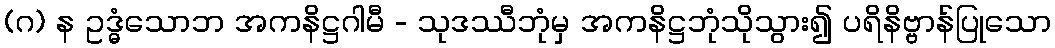
(ဂ) န ဥဒ္ဓံသောဘ အကနိဋ္ဌဂါမီ - သုဒဿီဘုံမှ အကနိဋ္ဌဘုံသိုသွား၍ ပရိနိဗ္ဗာန်ပြုသော